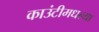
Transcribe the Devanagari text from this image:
काउंटीमधल्या